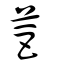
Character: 苣